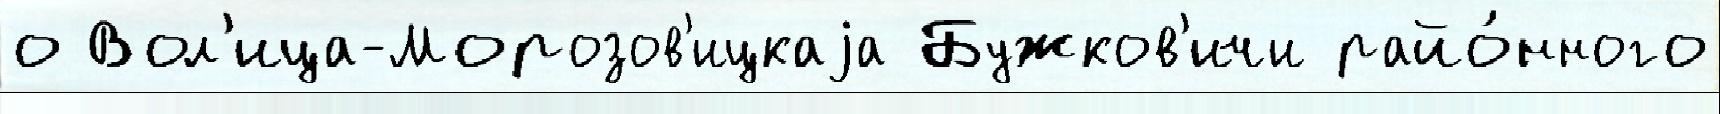
о Вол'ица-Морозов'ицкаjа Бужков'ичи райо́нного